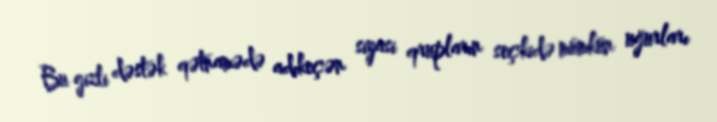
Bu gizli dəstək qətnamədə adıkeçən siyasi qrupların seçkidə mümkün uğurları